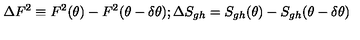
\Delta F ^ { 2 } \equiv F ^ { 2 } ( \theta ) - F ^ { 2 } ( \theta - \delta \theta ) ; \Delta S _ { g h } = S _ { g h } ( \theta ) - S _ { g h } ( \theta - \delta \theta )